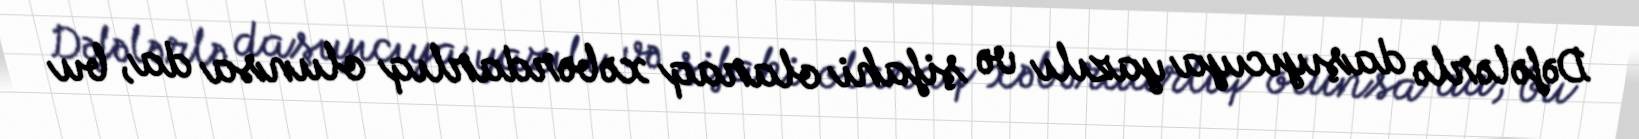
Dəfələrlə daşıyıcıya yazılı və şifahi olaraq xəbərdarlıq olunsa da, bu